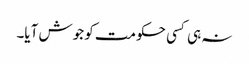
نہ ہی کسی حکومت کو جوش آیا۔